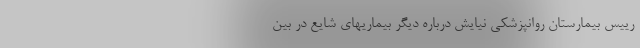
رییس بیمارستان روانپزشکی نیایش درباره دیگر بیماریهای شایع در بین